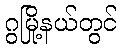
ဂွမြို့နယ်တွင်